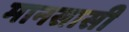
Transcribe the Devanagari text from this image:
मानसासी